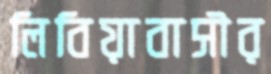
লিবিয়াবাসীর